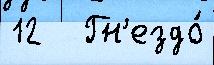
12   Гн'ездо́